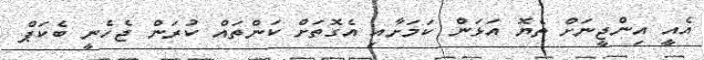
އެއީ އިންޖީނަށް ތެޔޮ އަޅަން ކަމަށާއި އެގޮތަށް ކަންތައް ކުރަން ޖެހެނީ ބެކަޕް